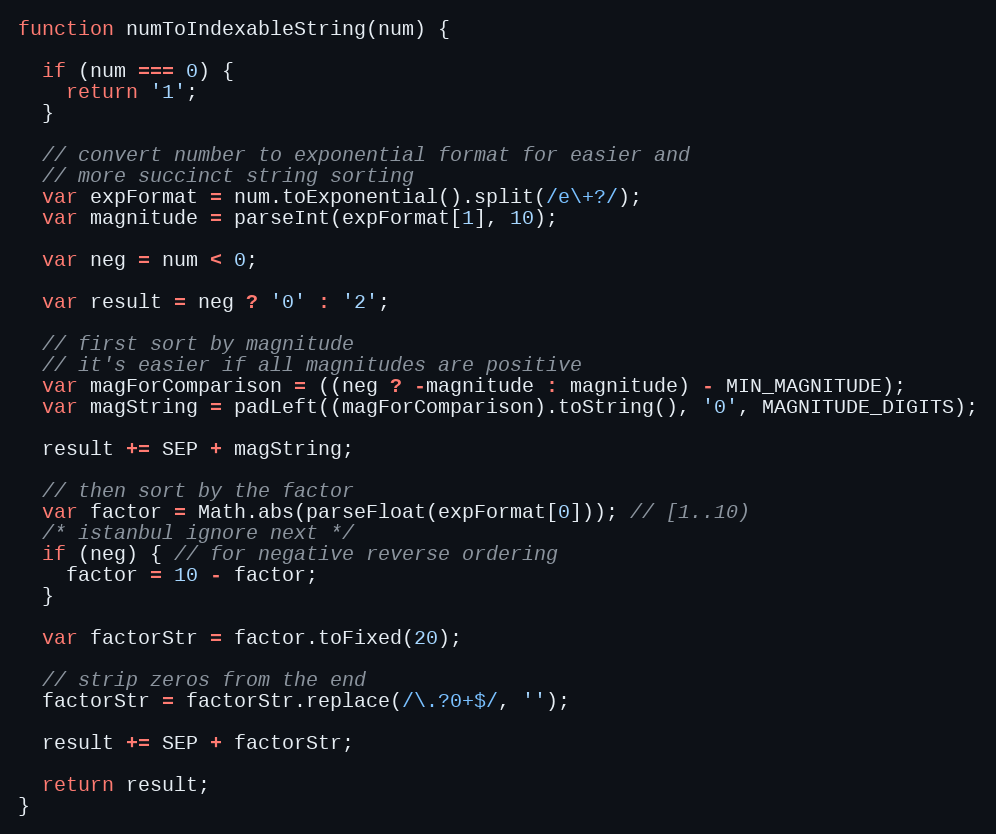
Language: JavaScript
function numToIndexableString(num) {

  if (num === 0) {
    return '1';
  }

  // convert number to exponential format for easier and
  // more succinct string sorting
  var expFormat = num.toExponential().split(/e\+?/);
  var magnitude = parseInt(expFormat[1], 10);

  var neg = num < 0;

  var result = neg ? '0' : '2';

  // first sort by magnitude
  // it's easier if all magnitudes are positive
  var magForComparison = ((neg ? -magnitude : magnitude) - MIN_MAGNITUDE);
  var magString = padLeft((magForComparison).toString(), '0', MAGNITUDE_DIGITS);

  result += SEP + magString;

  // then sort by the factor
  var factor = Math.abs(parseFloat(expFormat[0])); // [1..10)
  /* istanbul ignore next */
  if (neg) { // for negative reverse ordering
    factor = 10 - factor;
  }

  var factorStr = factor.toFixed(20);

  // strip zeros from the end
  factorStr = factorStr.replace(/\.?0+$/, '');

  result += SEP + factorStr;

  return result;
}